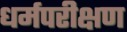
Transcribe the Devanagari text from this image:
धर्मपरीक्षण